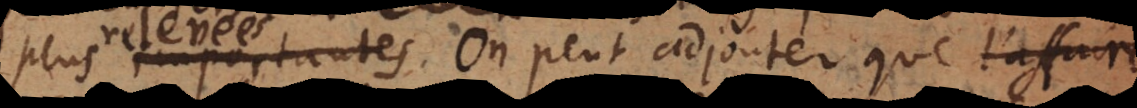
plus importantes.. On peut adjouter que l’affaire